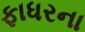
ફાધરના